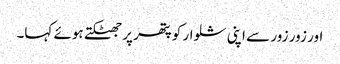
اور زور زور سے اپنی شلوار کو پتھر پر جھٹکتے ہوئے کہا۔